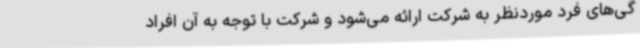
گی‌های فرد موردنظر به شرکت ارائه می‌شود و شرکت با توجه به آن افراد